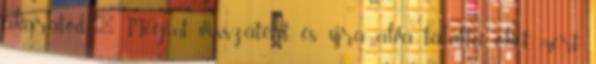
akaratod.'' Megint visszatért, és újra alva találta őket, mert